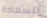
للسعادة